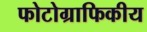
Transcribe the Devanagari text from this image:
फोटोग्राफिकीय